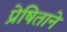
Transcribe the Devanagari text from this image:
प्रेषिताने